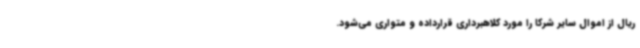
ریال از اموال سایر شرکا را مورد کلاهبرداری قرارداده و متواری می‌شود.